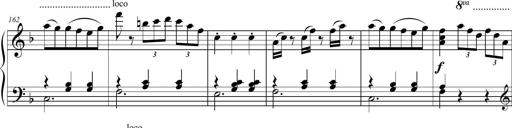
Title: 2 Sonatines faciles et brillantes pour le piano-forte seul
Composer: Carl Czerny